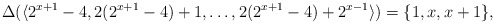
\begin{align*}\Delta(\langle 2^{x+1}-4,2(2^{x+1}-4)+1,\ldots,2(2^{x+1}-4)+2^{x-1} \rangle)=\{1,x,x+1\},\end{align*}